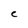
Character: C